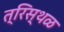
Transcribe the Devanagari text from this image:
त्रिस्थळ